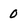
Character: 0